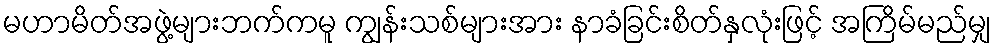
မဟာမိတ်အဖွဲ့များဘက်ကမူ ကျွန်းသစ်များအား နာခံခြင်းစိတ်နှလုံးဖြင့် အကြိမ်မည်မျှ